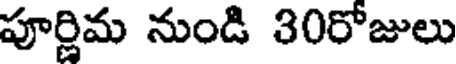
పూర్ణిమ నుండి 30రోజులు